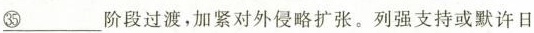
\underline{㉟}阶段过渡，加紧对外侵略扩张。列强支持或默许日